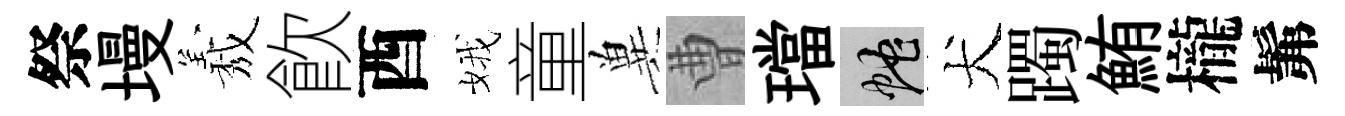
祭墁𦏁飮酉娥童兾曹璫蛇犬躅鮪櫳髴